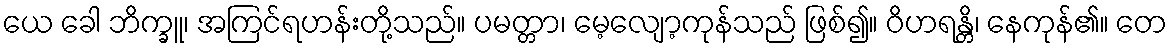
ယေ ခေါ ဘိက္ခူ၊ အကြင်ရဟန်းတို့သည်။ ပမတ္တာ၊ မေ့လျော့ကုန်သည် ဖြစ်၍။ ဝိဟရန္တိ၊ နေကုန်၏။ တေ